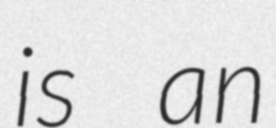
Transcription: is an